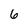
Character: 6